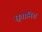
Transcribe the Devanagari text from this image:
सुवामिश